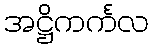
အဋ္ဌိကင်္ကလ